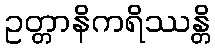
ဥတ္တာနိကရိဿန္တိ